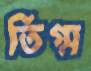
তিগ্ম